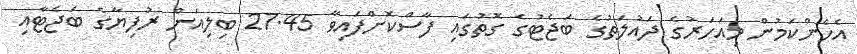
އެހެންކަމުން މިއަހަރުގެ ދައުލަތުގެ ބަޖެޓުގެ ގޮތުގައި ފާސްކޮށްފައިވާ 27.45 ބިލިއަން ރުފިޔާގެ ބަޖެޓާއި